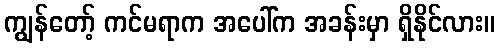
ကျွန်တော့် ကင်မရာက အပေါ်က အခန်းမှာ ရှိနိုင်လား။